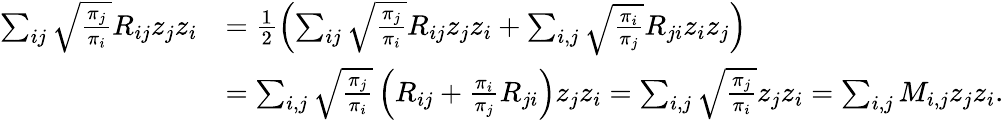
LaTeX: \begin{array}{rl}{\sum_{ij}\sqrt{\frac{\pi_{j}}{\pi_{i}}}R_{ij}z_{j}z_{i}}&{=\frac{1}{2}\left(\sum_{ij}\sqrt{\frac{\pi_{j}}{\pi_{i}}}R_{ij}z_{j}z_{i}+\sum_{i,j}\sqrt{\frac{\pi_{i}}{\pi_{j}}}R_{ji}z_{i}z_{j}\right)}\\ &{=\sum_{i,j}\sqrt{\frac{\pi_{j}}{\pi_{i}}}\left(R_{ij}+\frac{\pi_{i}}{\pi_{j}}R_{ji}\right)z_{j}z_{i}=\sum_{i,j}\sqrt{\frac{\pi_{j}}{\pi_{i}}}z_{j}z_{i}=\sum_{i,j}M_{i,j}z_{j}z_{i}.}\end{array}